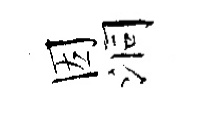
因洞